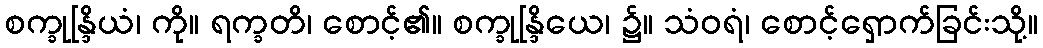
စက္ခုန္ဒြိယံ၊ ကို။ ရက္ခတိ၊ စောင့်၏။ စက္ခုန္ဒြိယေ၊ ၌။ သံဝရံ၊ စောင့်ရှောက်ခြင်းသို့။